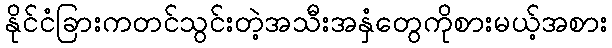
နိုင်ငံခြားကတင်သွင်းတဲ့အသီးအနှံတွေကိုစားမယ့်အစား